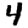
Digit: 4